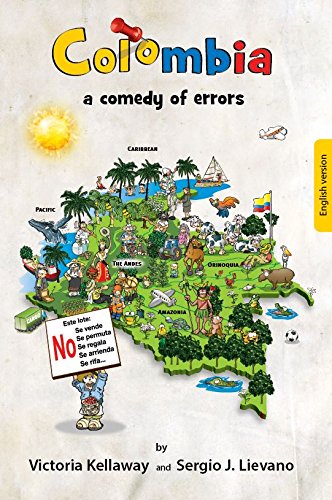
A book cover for Colombia a Comedy of Errors; Victoria Kellaway; Travel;